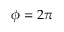
\phi = 2 \pi